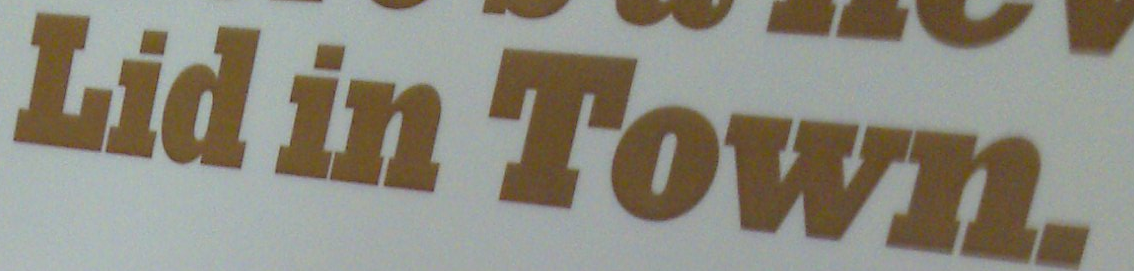
Lid in Town.